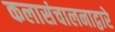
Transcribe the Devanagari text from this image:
कलासंचालनाद्वारे